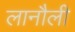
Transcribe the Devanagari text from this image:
लानौली